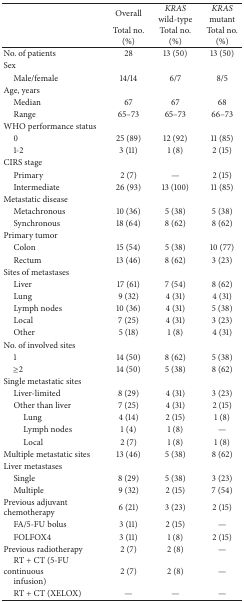
<table><thead><tr><td><b> </b></td><td><b>Overall</b></td><td><b><i>KRAS</i> wild-type</b></td><td><b><i>KRAS</i> mutant</b></td></tr><tr><td><b> </b></td><td><b>Total no. (%)</b></td><td><b>Total no. (%)</b></td><td><b>Total no. (%)</b></td></tr></thead><tbody><tr><td>No. of patients</td><td>28</td><td>13 (50)</td><td>13 (50)</td></tr><tr><td>Sex</td><td> </td><td> </td><td> </td></tr><tr><td> Male/female</td><td>14/14</td><td>6/7</td><td>8/5</td></tr><tr><td>Age, years</td><td> </td><td> </td><td> </td></tr><tr><td> Median</td><td>67</td><td>67</td><td>68</td></tr><tr><td> Range</td><td>65–73</td><td>65–73</td><td>66–73</td></tr><tr><td>WHO performance status</td><td> </td><td> </td><td> </td></tr><tr><td> 0</td><td>25 (89)</td><td>12 (92)</td><td>11 (85)</td></tr><tr><td> 1-2</td><td>3 (11)</td><td>1 (8)</td><td>2 (15)</td></tr><tr><td>CIRS stage</td><td> </td><td> </td><td> </td></tr><tr><td> Primary</td><td>2 (7)</td><td>—</td><td>2 (15)</td></tr><tr><td> Intermediate</td><td>26 (93)</td><td>13 (100)</td><td>11 (85)</td></tr><tr><td>Metastatic disease</td><td> </td><td> </td><td> </td></tr><tr><td> Metachronous</td><td>10 (36)</td><td>5 (38)</td><td>5 (38)</td></tr><tr><td> Synchronous</td><td>18 (64)</td><td>8 (62)</td><td>8 (62)</td></tr><tr><td>Primary tumor</td><td> </td><td> </td><td> </td></tr><tr><td> Colon</td><td>15 (54)</td><td>5 (38)</td><td>10 (77)</td></tr><tr><td> Rectum</td><td>13 (46)</td><td>8 (62)</td><td>3 (23)</td></tr><tr><td>Sites of metastases</td><td> </td><td> </td><td> </td></tr><tr><td> Liver</td><td>17 (61)</td><td>7 (54)</td><td>8 (62)</td></tr><tr><td> Lung </td><td>9 (32)</td><td>4 (31)</td><td>4 (31)</td></tr><tr><td> Lymph nodes</td><td>10 (36)</td><td>4 (31)</td><td>5 (38)</td></tr><tr><td> Local</td><td>7 (25)</td><td>4 (31)</td><td>3 (23)</td></tr><tr><td> Other</td><td>5 (18)</td><td>1 (8)</td><td>4 (31)</td></tr><tr><td>No. of involved sites</td><td> </td><td> </td><td> </td></tr><tr><td> 1</td><td>14 (50)</td><td>8 (62)</td><td>5 (38)</td></tr><tr><td> ≥2</td><td>14 (50)</td><td>5 (38)</td><td>8 (62)</td></tr><tr><td>Single metastatic sites</td><td> </td><td> </td><td> </td></tr><tr><td> Liver-limited</td><td>8 (29)</td><td>4 (31)</td><td>3 (23)</td></tr><tr><td> Other than liver</td><td>7 (25)</td><td> 4 (31)</td><td> 2 (15)</td></tr><tr><td>Lung </td><td> 4 (14)</td><td> 2 (15)</td><td> 1 (8)</td></tr><tr><td>Lymph nodes</td><td> 1 (4)</td><td> 1 (8)</td><td>—</td></tr><tr><td>Local</td><td> 2 (7)</td><td> 1 (8)</td><td> 1 (8)</td></tr><tr><td>Multiple metastatic sites</td><td>13 (46)</td><td>5 (38)</td><td>8 (62)</td></tr><tr><td>Liver metastases</td><td> </td><td> </td><td> </td></tr><tr><td> Single</td><td>8 (29)</td><td>5 (38)</td><td>3 (23)</td></tr><tr><td> Multiple</td><td>9 (32)</td><td>2 (15)</td><td>7 (54)</td></tr><tr><td>Previous adjuvant chemotherapy</td><td>6 (21)</td><td>3 (23)</td><td>2 (15)</td></tr><tr><td> FA/5-FU bolus</td><td>3 (11)</td><td>2 (15)</td><td>—</td></tr><tr><td> FOLFOX4</td><td>3 (11)</td><td>1 (8)</td><td>2 (15)</td></tr><tr><td>Previous radiotherapy</td><td>2 (7)</td><td>2 (8)</td><td>—</td></tr><tr><td> RT + CT (5-FU continuousinfusion)</td><td>2 (7)</td><td>2 (8)</td><td>—</td></tr><tr><td> RT + CT (XELOX)</td><td>—</td><td>—</td><td>—</td></tr></tbody></table>